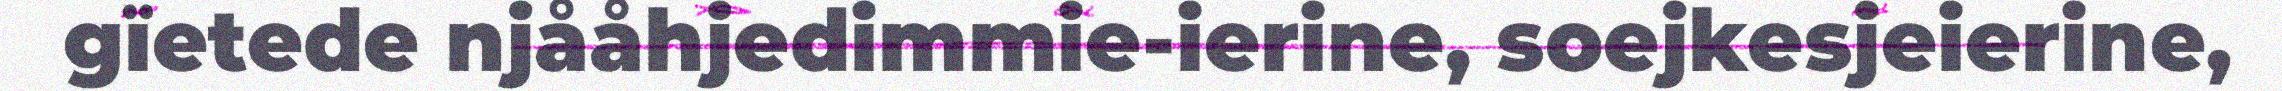
gïetede njååhjedimmie-ierine, soejkesjeierine,